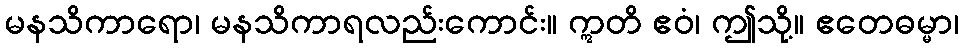
မနသိကာရော၊ မနသိကာရလည်းကောင်း။ ဣတိ ဧဝံ၊ ဤသို့။ ဧတေဓမ္မာ၊